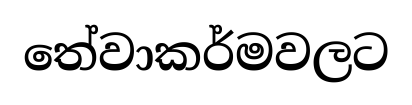
තේවාකර්මවලට